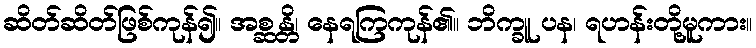
ဆိတ်ဆိတ်ဖြစ်ကုန်၍။ အစ္ဆန္တိ၊ နေရကြကုန်၏။ ဘိက္ခူ ပန၊ ရဟန်းတို့မူကား။